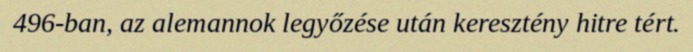
496-ban, az alemannok legyőzése után keresztény hitre tért.